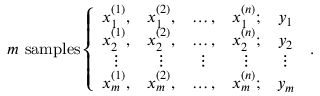
m \ \mathrm { s a m p l e s } \left\{ \begin{array} { c c c c c } { x _ { 1 } ^ { ( 1 ) } , } & { x _ { 1 } ^ { ( 2 ) } , } & { \ldots , } & { x _ { 1 } ^ { ( n ) } ; } & { y _ { 1 } } \\ { x _ { 2 } ^ { ( 1 ) } , } & { x _ { 2 } ^ { ( 2 ) } , } & { \ldots , } & { x _ { 2 } ^ { ( n ) } ; } & { y _ { 2 } } \\ { \vdots } & { \vdots } & { \vdots } & { \vdots } & { \vdots } \\ { x _ { m } ^ { ( 1 ) } , } & { x _ { m } ^ { ( 2 ) } , } & { \ldots , } & { x _ { m } ^ { ( n ) } ; } & { y _ { m } } \end{array} \right. \, .